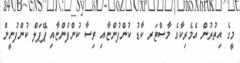
މީގެ އިތުރުން އެމެރިކާގެ މާސްޓަރ ކާޑު ކުންފުންޏާއި ވިސާ ކުންފުންޏާއި ޕޭޕަލް ކުންފުނީން